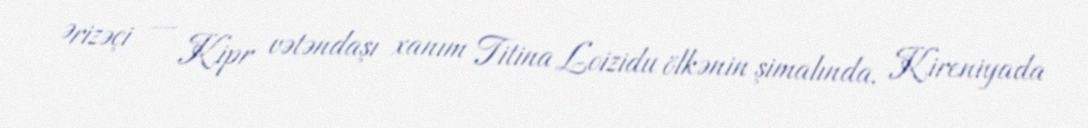
Ərizəçi — Kipr vətəndaşı xanım Titina Loizidu ölkənin şimalında, Kireniyada